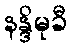
နန္ဒိမုခီ